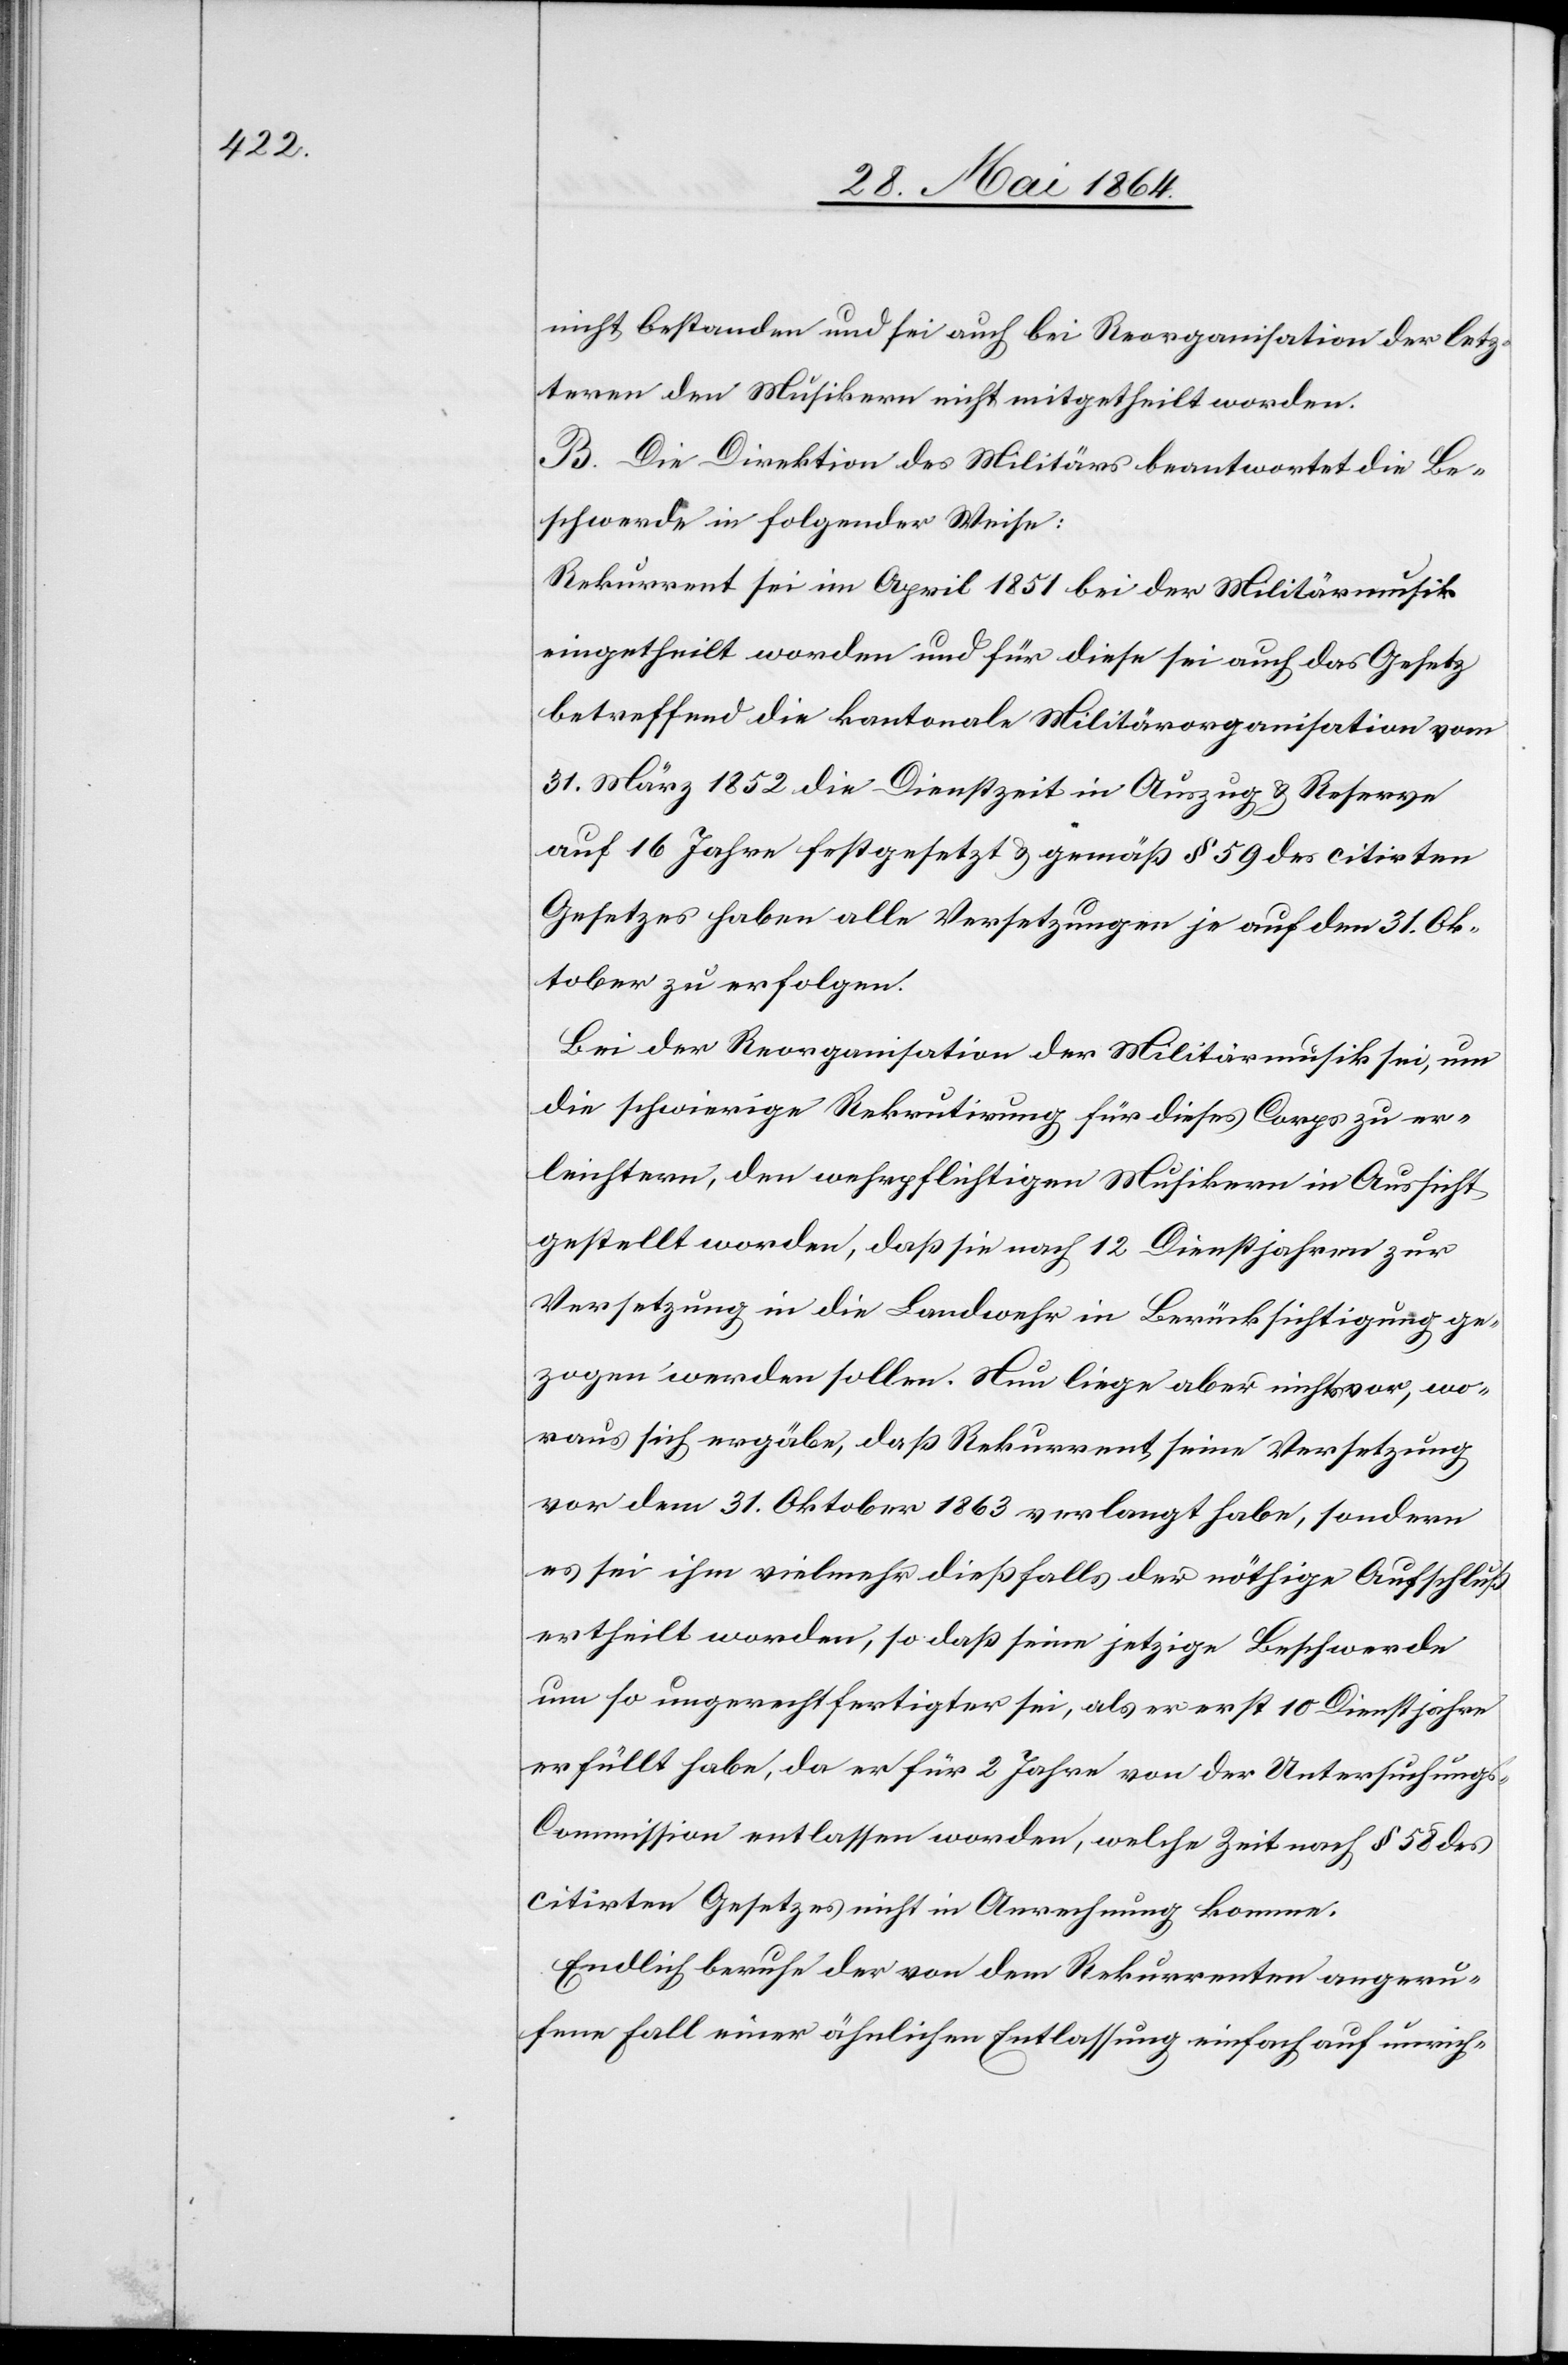
nicht bestanden und sei auch bei Reorganisation der letz¬
teren den Musikern nicht mitgetheilt worden.
B. Die Direktion des Militärs beantwortet die Be¬
schwerde in folgender Weise:
Rekurrent sei im April 1851 bei der Militärmusik
eingetheilt worden und für diese sei auch das Gesetz
betreffend die kantonale Militärorganisation vom
31. März 1852 die Dienstzeit in Auszug u. Reserve
auf 16 Jahre festgesetzt u. gemäß § 59 des citirten
Gesetzes haben alle Versetzungen je auf den 31. Ok¬
tober zu erfolgen.
Bei der Reorganisation der Militärmusik sei, um
die schwierige Rekrutirung für dieses Corps zu er¬
leichtern, den wehrpflichtigen Musikern in Aussicht
gestellt worden, daß sie nach 12 Dienstjahren zur
Versetzung in die Landwehr in Berücksichtigung ge¬
zogen werden sollen. Nun liege aber nichts vor, wo¬
raus sich ergäbe, daß Rekurrent seine Versetzung
vor dem 31. Oktober 1863 verlangt habe, sondern
es sei ihm vielmehr dießfalls der nöthige Aufschluß
ertheilt worden, so daß seine jetzige Beschwerde
um so ungerechtfertigter sei, als er erst 10 Dienstjahre
erfüllt habe, da er für 2 Jahre von der Untersuchung¬
s-Commission entlassen worden, welche Zeit nach § 58 des
citirten Gesetzes nicht in Anrechnung komme.
Endlich beruhe der von dem Rekurrenten angeru¬
fene Falle einer ähnlichen Entlassung einfach auf unrich-